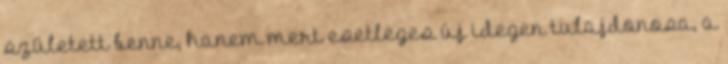
született benne, hanem mert esetleges új idegen tulajdonosa, a